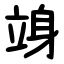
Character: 竧